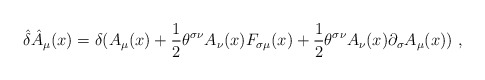
\begin{align*}\hat\delta \hat A_\mu (x)=\delta (A_\mu(x)+{1\over 2}\theta^{\sigma\nu}A_\nu(x)F_{\sigma\mu}(x)+{1\over2}\theta ^{\sigma\nu}A_\nu(x)\partial _\sigma A_\mu (x))~, \end{align*}